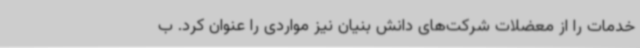
خدمات را از معضلات شرکت‌های دانش بنیان نیز مواردی را عنوان کرد. ب